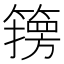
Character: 𮆇